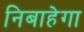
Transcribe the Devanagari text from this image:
निबाहेगा